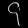
Digit: ၄